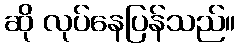
ဆို လုပ်နေပြန်သည်။